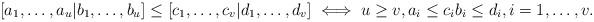
LaTeX: \begin{align*} [a_1,\dots,a_u | b_1,\dots,b_u] \leq [c_1,\dots,c_v | d_1,\dots,d_v] \iff u \geq v, a_i \leq c_i b_i \leq d_i, i=1,\dots,v.\end{align*}